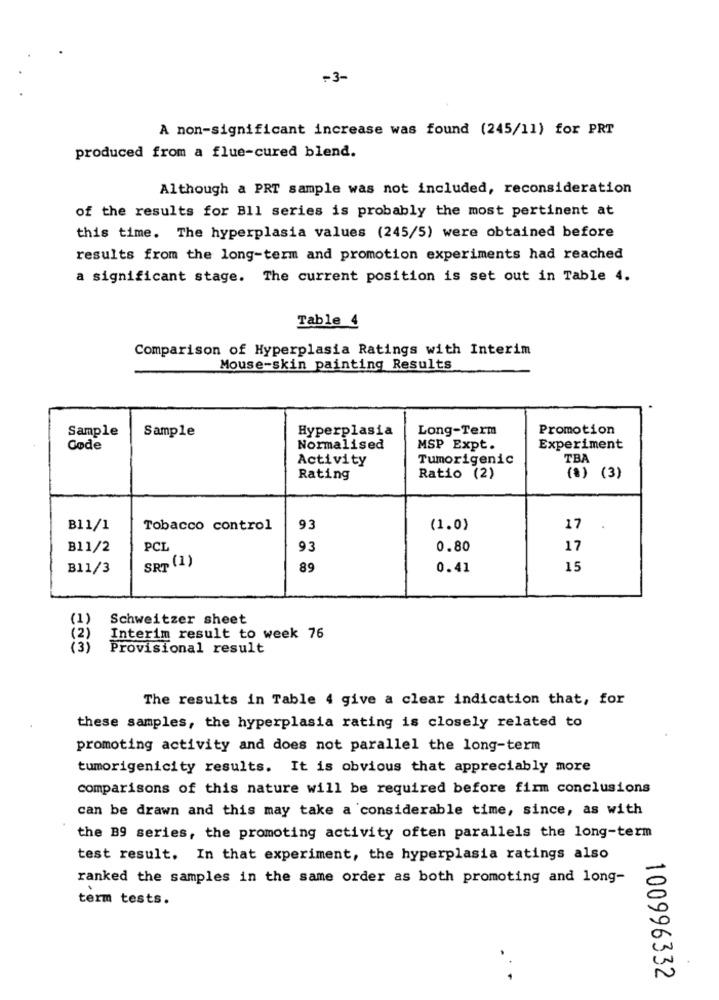
~3-
A non-significant increase was found (245/11) for PRT
produced from a flue-cured blend.
Although a PRT sample was not included, reconsideration
of the results for Bll series is probably the most pertinent at
this time. The hyperplasia values (245/5) were obtained before
results from the long-term and promotion experiments had reached
a significant stage. The current position is set out in Table 4.
Table 4
Comparison of Hyperplasia Ratings with Interim
Mouse-skin painting Results
Sample
Sample
Hyperplasia
Long-Term
Promotion
Gøde
Normalised
MSP Expt.
Experiment
Activity
Tumorigenic
TBA
Rating
Ratio (2)
(*) (3)
B11/1
Tobacco control
93
(1.0)
17
B11/2
PCL
93
0.80
17
B11/3
SRT (1)
89
0.41
15
(1)
Schweitzer sheet
(2)
Interim result to week 76
(3)
Provisional result
The results in Table 4 give a clear indication that, for
these samples, the hyperplasia rating is closely related to
promoting activity and does not parallel the long-term
tumorigenicity results. It is obvious that appreciably more
comparisons of this nature will be required before firm conclusions
can be drawn and this may take a considerable time, since, as with
the B9 series, the promoting activity often parallels the long-term
test result. In that experiment, the hyperplasia ratings also
ranked the samples in the same order as both promoting and long-
term tests.
.
100996332